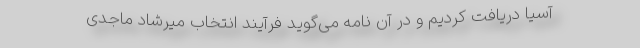
آسیا دریافت کردیم و در آن نامه می‌گوید فرآیند انتخاب میرشاد ماجدی